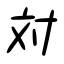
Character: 対